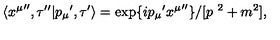
\langle { x ^ { \mu } } ^ { \prime \prime } , \tau ^ { \prime \prime } | { p _ { \mu } } ^ { \prime } , \tau ^ { \prime } \rangle = \exp \{ { i p _ { \mu } } ^ { \prime } { x ^ { \mu } } ^ { \prime \prime } \} / [ p ^ { \ 2 } + m ^ { 2 } ] ,